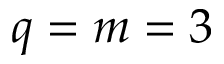
q = m = 3